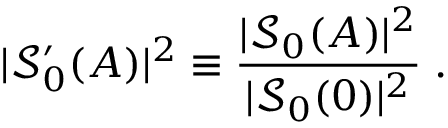
| { \mathcal S } _ { 0 } ^ { \prime } ( A ) | ^ { 2 } \equiv \frac { | { \mathcal S } _ { 0 } ( A ) | ^ { 2 } } { | { \mathcal S } _ { 0 } ( 0 ) | ^ { 2 } } \; .